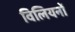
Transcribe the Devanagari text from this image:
विलियनों